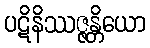
ပဋိနိဿဇ္ဇန္တိယော